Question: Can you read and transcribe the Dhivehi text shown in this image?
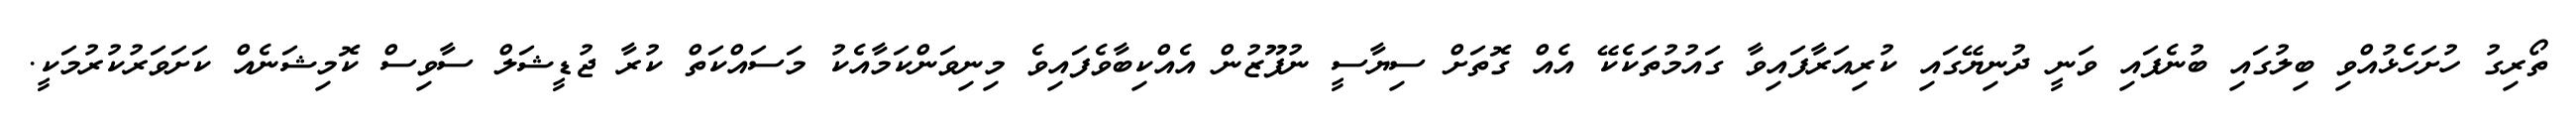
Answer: ތޯރިގު ހުށަހެޅުއްވި ބިލުގައި ބުނެފައި ވަނީ ދުނިޔޭގައި ކުރިއަރާފައިވާ ގައުމުތަކެކޭ އެއް ގޮތަށް ސިޔާސީ ނުފޫޒުން އެއްކިބާވެފައިވެ މިނިވަންކަމާއެކު މަސައްކަތް ކުރާ ޖުޑީޝަލް ސާވިސް ކޮމިޝަނެއް ކަށަވަރުކުރުމަކީ.